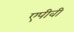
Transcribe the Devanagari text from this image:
एपीवी